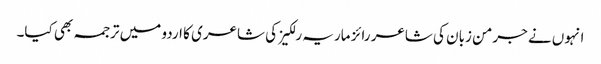
انہوں نے جرمن زبان کی شاعر رائز ماریہ رلکیز کی شاعری کا اردو میں ترجمہ بھی کیا۔